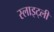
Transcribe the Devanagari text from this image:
स्लाइट्ली